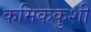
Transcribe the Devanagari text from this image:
कमिककुशी